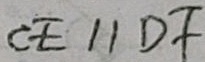
C E / / D F